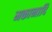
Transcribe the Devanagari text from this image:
मकानादि